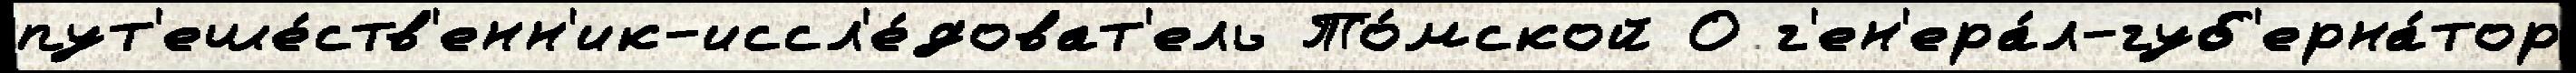
пут'еше́ств'енн'ик-иссл'е́доват'ель То́мской О г'ен'ера́л-губ'ерна́тор